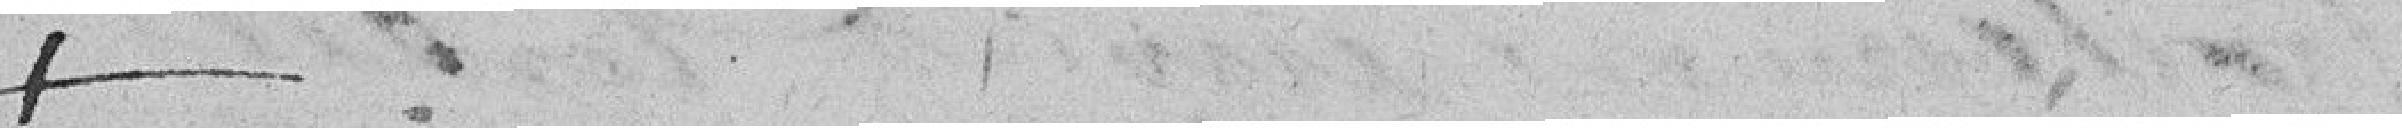
+